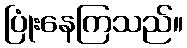
ပြုံးနေကြသည်။